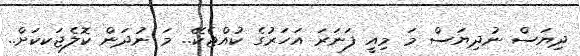
ދިޔަސް ނުދިޔަސް މަ މިއީ ފަނަރަ އަހަރުގެ ކުއްޖެކޭ.. މަ ނުދަން ކޮލެޖަކކަށް..